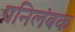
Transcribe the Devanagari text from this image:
प्रनिलंबक